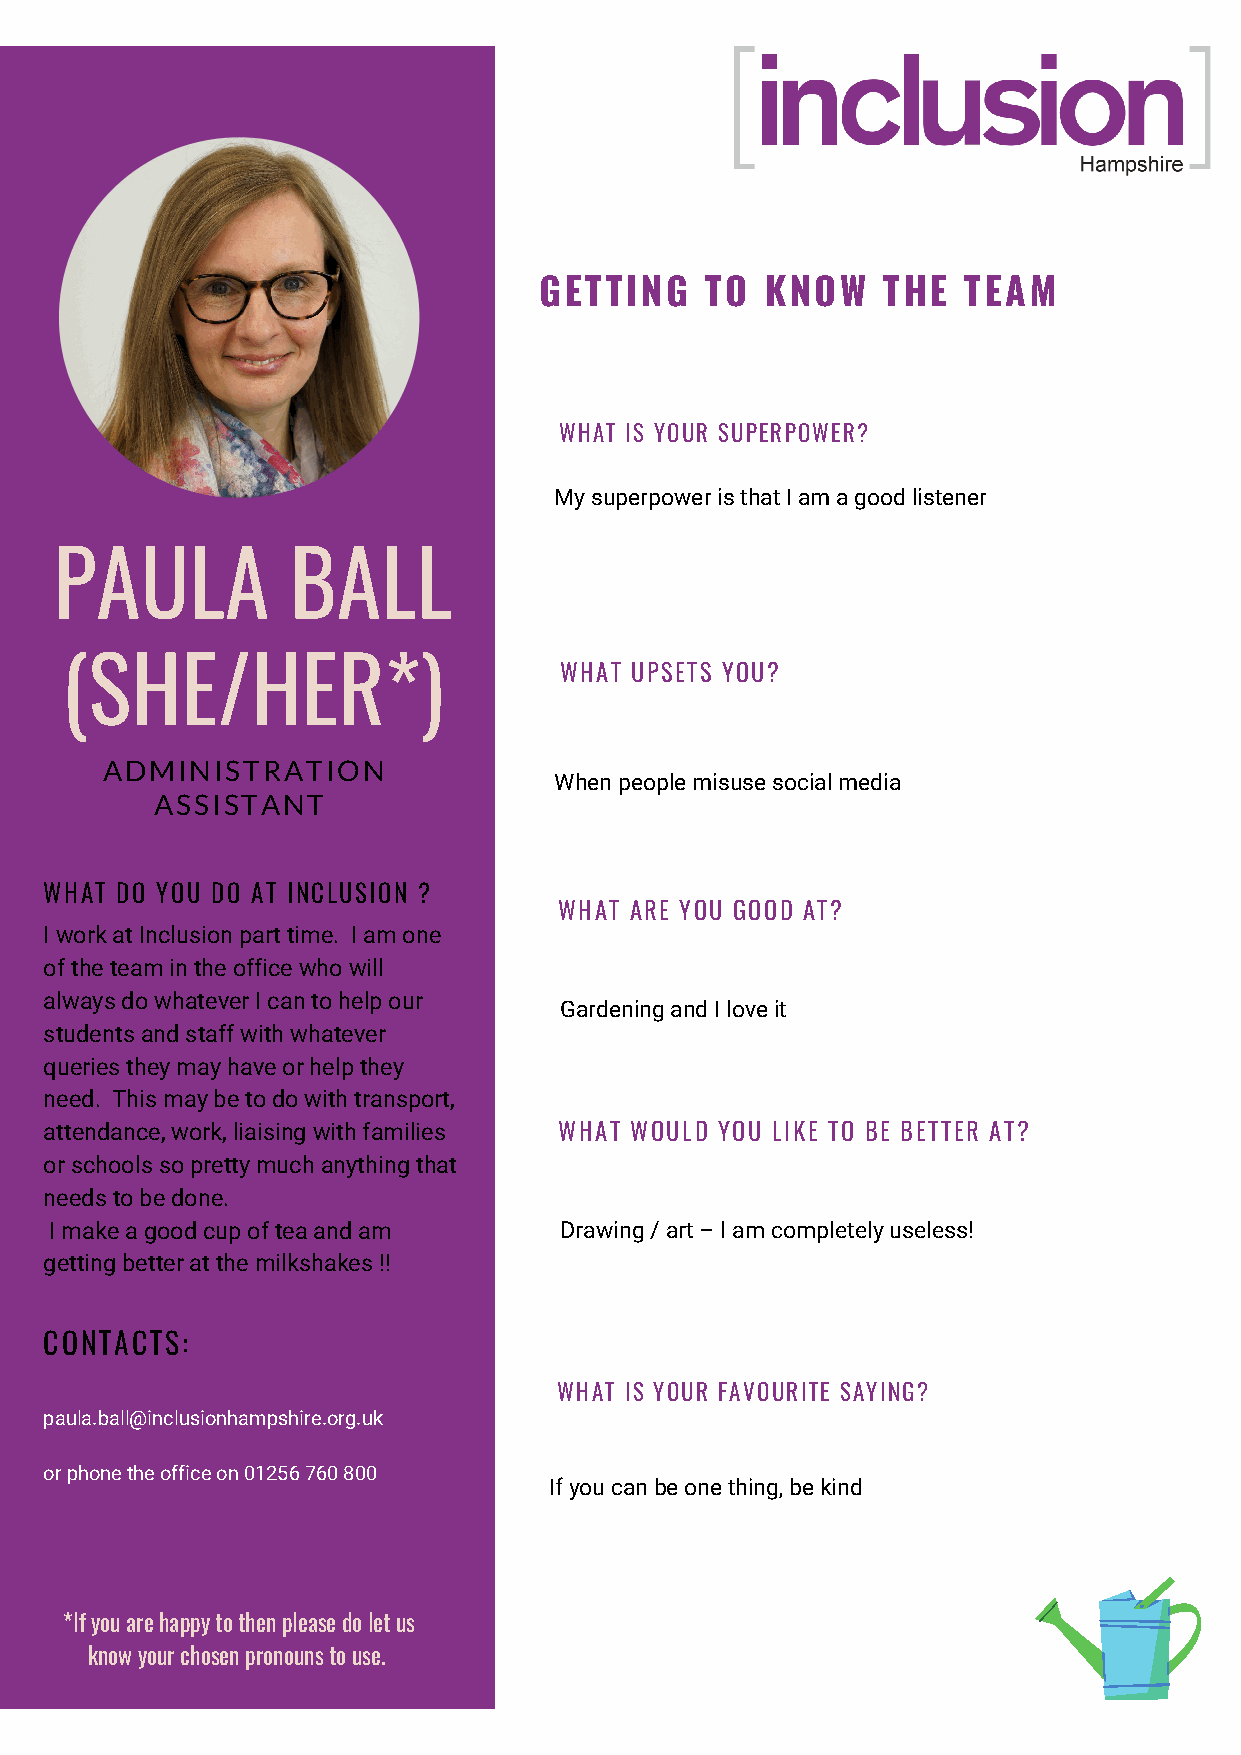
GETTING    TO  KNOW   THE   TEAM
 WHAT IS YOUR SUPERPOWER?
 My superpower is that I am a good listener
 PAULA          BALL
 (SHE/HER*)                       WHAT UPSETS YOU?
 ADMINISTRATION
 When people misuse social media
 ASSISTANT
 WHAT DO YOU DO AT INCLUSION ?
 WHAT ARE YOU GOOD AT?
 I work at Inclusion part time. I am one
 of the team in the office who will
 always do whatever I can to help our
 Gardening and I love it
 students and staff with whatever
 queries they may have or help they
 need. This may be to do with transport,
 attendance, work, liaising with families WHAT WOULD YOU LIKE TO BE BETTER AT?
 or schools so pretty much anything that
 needs to be done.
 I make a good cup of tea and am   Drawing / art – I am completely useless!
 getting better at the milkshakes !!
 CONTACTS:
 WHAT IS YOUR FAVOURITE SAYING?
 paula.ball@inclusionhampshire.org.uk
 or phone the office on 01256 760 800
 If you can be one thing, be kind
 *If you are happy to then please do let us
 know your chosen pronouns to use.